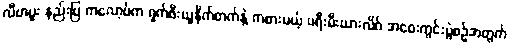
လီဗာပူး နည်းပြ ကလော့ပ်က ရှက်ဖီးယူနိုက်တက်နဲ့ ကစားမယ့် ပရီးမီးယားလိဂ် အဝေးကွင်းပွဲစဉ်အတွက်